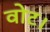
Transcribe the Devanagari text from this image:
वोट।